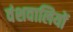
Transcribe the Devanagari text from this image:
वंशवालियों